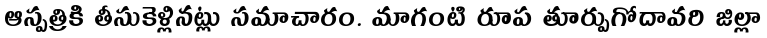
ఆస్పత్రికి తీసుకెళ్లినట్లు సమాచారం. మాగంటి రూప తూర్పుగోదావరి జిల్లా